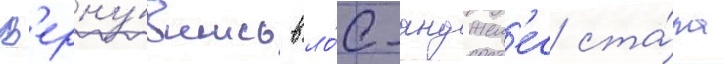
В'ерну́вшись в ло́с-анджел'ес ста́ла